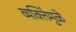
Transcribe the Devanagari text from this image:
व्यक्तिंमुळे